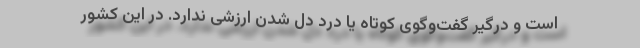
است و درگیر گفت‌و‌گوی کوتاه یا درد دل شدن ارزشی ندارد. در این کشور